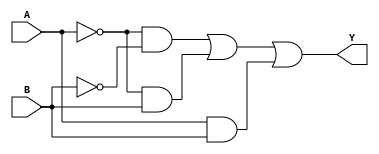
module two_variable_kmap (
    input wire A,      // Input variable A
    input wire B,      // Input variable B
    output wire Y      // Output based on K-map simplification
);

// K-map logic: 
// Assuming we want to output Y based on the following truth table:
// A B | Y
// 0 0 | 1  (cell 0)
// 0 1 | 1  (cell 1)
// 1 1 | 1  (cell 3)
// 1 0 | 0  (cell 2)
// The simplified expression based on this K-map is: Y = A'B' + A'B + AB

assign Y = (~A & ~B) | (~A & B) | (A & B);

endmodule